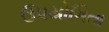
ઉપયોગિતા